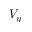
V _ { y }